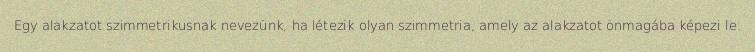
Egy alakzatot szimmetrikusnak nevezünk, ha létezik olyan szimmetria, amely az alakzatot önmagába képezi le.